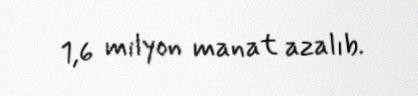
1,6 milyon manat azalıb.